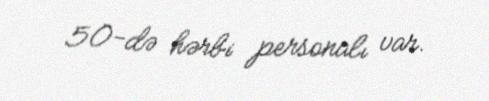
50-də hərbi personalı var.